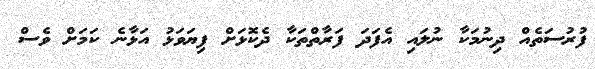
ފުރުސަތެއް ދިނުމަކާ ނުލައި އެފަދަ ފަރާތްތަކާ ދެކޮޅަށް ފިޔަވަޅު އަޅާނެ ކަމަށް ވެސް